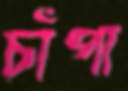
চাঁপা